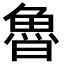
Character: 魯